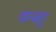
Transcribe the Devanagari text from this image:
कबहु